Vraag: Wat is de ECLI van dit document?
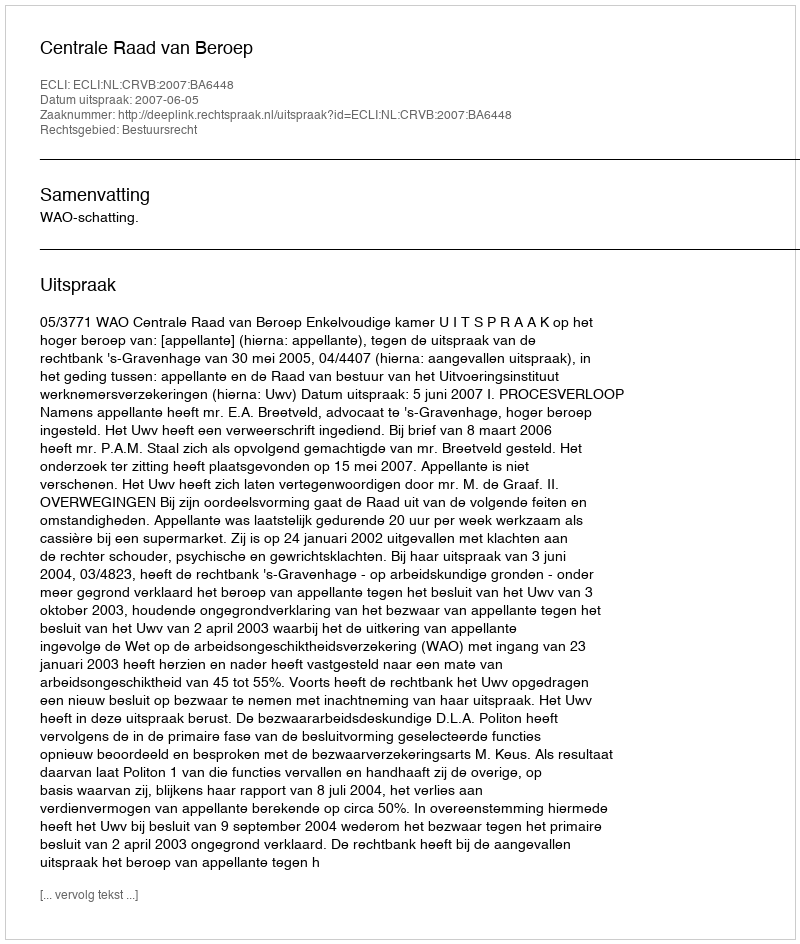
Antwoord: ECLI:NL:CRVB:2007:BA6448